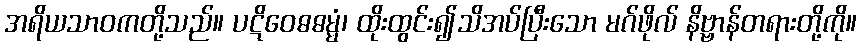
အရိယသာဝကတို့သည်။ ပဋိဝေဓဓမ္မံ၊ ထိုးထွင်း၍သိအပ်ပြီးသော မဂ်ဖိုလ် နိဗ္ဗာန်တရားတို့ကို။